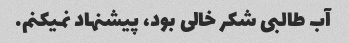
آب طالبی شکر خالی بود، پیشنهاد نمیکنم.